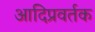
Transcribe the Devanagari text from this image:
आदिप्रवर्तक